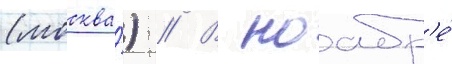
(москва́) // В ноабр'е́